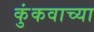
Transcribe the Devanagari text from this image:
कुंकवाच्या